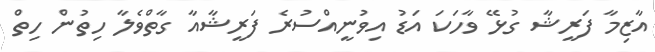
އާޒިމާ ފަރީޝާ ގުޅޭ ވާހަކަ އަޑު އިވުނީއްސުރެ ފަރީޝާއާ ގާތްވެލާ ހިތުން ހިތް